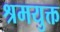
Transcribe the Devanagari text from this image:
श्रमयुक्त